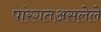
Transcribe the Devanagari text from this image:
पांरगतअसलेले